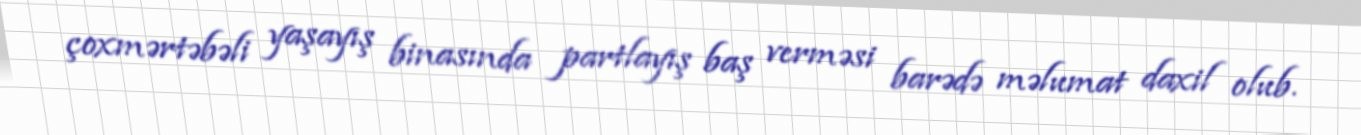
çoxmərtəbəli yaşayış binasında partlayış baş verməsi barədə məlumat daxil olub.